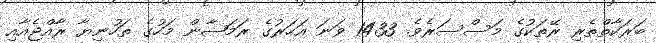
ބަރަކާތްތެރި ރޭތަކުގެ މަސްސަރެވެ. 1433 ވަނަ އަހަރުގެ ރަމަޟާން މަހުގެ ތަހުނިޔާ ރާއްޖެއާއި